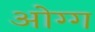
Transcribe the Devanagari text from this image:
ओग्ग